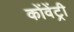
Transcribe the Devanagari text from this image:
कोंवेंट्री